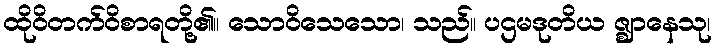
ထိုဝိတက်ဝိစာရတို့၏။ သောဝိသေသော၊ သည်။ ပဌမဒုတိယ ဇ္ဈာနေသု၊